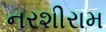
નરશીરામ